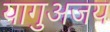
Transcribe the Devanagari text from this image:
यागुअजय